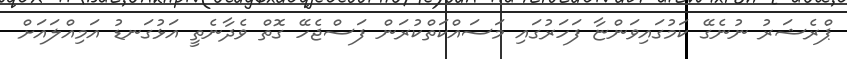
ޕްރެޝަރު ނުނެގޭ ކަމުގައިވަންޏާ ފަހަރުގައި މަސައްކަތްކުރަން ފަސްޖެހޭ ގޮތް ވެދާނެތީ އަޅުގަނޑު އަމިއްލައަށް